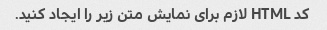
کد HTML لازم برای نمایش متن زیر را ایجاد کنید.